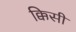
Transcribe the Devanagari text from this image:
क्किसी